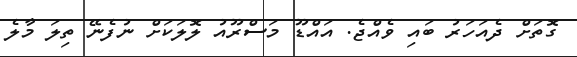
ގޮތަށް ދެއަަހަރު ބައި ވެއްޖެ. އައްޑޫ މަސްރޫއު ލޮލަކަށް ނުފެނޭ ތިލަ މާލެ